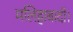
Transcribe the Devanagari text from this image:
मलिहाबादी।